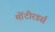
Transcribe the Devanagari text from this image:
मोंटीरडर्स